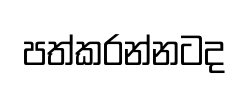
පත්කරන්නටද